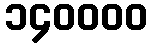
၁၄၀၀၀၀